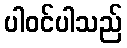
ပါဝင်ပါသည်